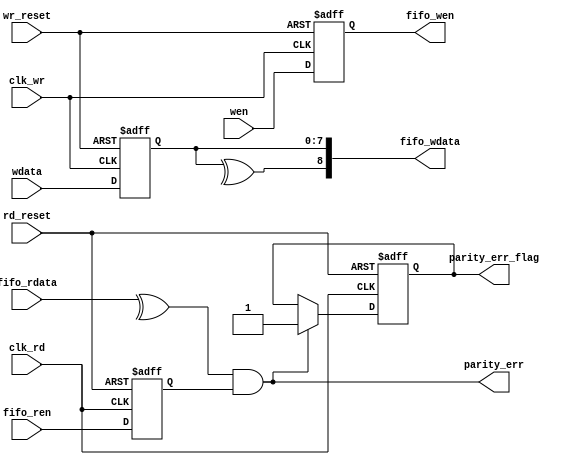
//
//------------------------------------------------------------------------------
//     Copyright (c) 2017 Huawei Technologies Co., Ltd. All Rights Reserved.
//
//     This program is free software; you can redistribute it and/or modify
//     it under the terms of the Huawei Software License (the "License").
//     A copy of the License is located in the "LICENSE" file accompanying 
//     this file.
//
//     This program is distributed in the hope that it will be useful,
//     but WITHOUT ANY WARRANTY; without even the implied warranty of
//     MERCHANTABILITY or FITNESS FOR A PARTICULAR PURPOSE. See the
//     Huawei Software License for more details. 
//------------------------------------------------------------------------------


module  fifo_cbb_parity #(
    parameter   FIFO_WIDTH      = 8                 ,   //
                FIFO_ATTR       = "normal"          ,   //"normal" or "ahead"
                PARITY_DLY      = "FALSE"               //

    )(
        input                           clk_wr          ,   //i1: write clock
        input                           wr_reset        ,   //i1: reset,active high
        input                           clk_rd          ,   //i1: read clock
        input                           rd_reset        ,   //i1: reset,active high
        input                           wen             ,   //i1: user input fifo write enable.1-enable
        input       [FIFO_WIDTH - 1:0]  wdata           ,   //i[FIFO_WIDTH]: user write fifo data.
        output  wire                    fifo_wen        ,   //o1: fifo_cbb write enable after parity.1-enable
        output  wire[FIFO_WIDTH : 0]    fifo_wdata      ,   //o[FIFO_WIDTH+1]: fifo_cbb write enable after parity.
        
        input                           fifo_ren        ,   //i1: fifo read enable
        input       [FIFO_WIDTH :0]     fifo_rdata      ,   //i[FIFO_WIDTH+1]: fifo_cbb output read data      
        output  wire                    parity_err      ,   //o1: reg_fifo_cbb output to read fifo_cbb signal.1-enable
        output  reg                     parity_err_flag     //o1: reg_fifo_cbb empty signal
        
    );    

//--------------------------
//  parameters
//--------------------------

//--------------------------
//  signals
//--------------------------
reg                     wen_1dly;
reg [FIFO_WIDTH - 1:0]  wdata_1dly;
wire[FIFO_WIDTH:0]      rdata_tmp;
wire                    fifo_ren_tmp;       //add by xiangjianbo,2014.09.30
wire                    par_fifo_ren;       //add by xiangjianbo,2014.09.30
//------------------------
//  process
//-----------------------
//in
assign  fifo_wen    = wen_1dly;
assign  fifo_wdata  = {^wdata_1dly,wdata_1dly};

always @(posedge clk_wr or posedge wr_reset)
begin
    if(wr_reset == 1'b1) begin
        wen_1dly    <=  1'b0;
        wdata_1dly  <=  {FIFO_WIDTH{1'b0}};
    end
    else begin
        wen_1dly    <=  wen;
        wdata_1dly  <=  wdata;
    end
end

//out
generate
if(PARITY_DLY == "TRUE") begin : parity_dly_en

reg [FIFO_WIDTH:0]      fifo_rdata_1dly;
reg                     fifo_ren_1dly;

assign  rdata_tmp       = fifo_rdata_1dly;
assign  fifo_ren_tmp    = fifo_ren_1dly;        //add by xiangjianbo,2014.09.30

always @(posedge clk_rd or posedge rd_reset)
begin
    if(rd_reset == 1'b1) begin
        fifo_rdata_1dly <= {1'b0,{FIFO_WIDTH{1'b0}}};
        fifo_ren_1dly   <= 1'b0;
    end
    else begin
        fifo_rdata_1dly <= fifo_rdata;
        fifo_ren_1dly   <= fifo_ren;
    end
end

end
else begin : no_parity_dly

assign  rdata_tmp       = fifo_rdata;
assign  fifo_ren_tmp    = fifo_ren;

end
endgenerate

//for parity_err add "fifo_ren" condition, normal or ahead. add by xiangjianbo,2014.09.30
generate
if(FIFO_ATTR == "normal") begin : normal_read_par

reg     fifo_ren_temp_1dly;

assign  par_fifo_ren    = fifo_ren_temp_1dly;

always @(posedge clk_rd or posedge rd_reset)
begin
    if(rd_reset == 1'b1) begin
        fifo_ren_temp_1dly  <= 1'b0;
    end
    else begin
        fifo_ren_temp_1dly  <= fifo_ren_tmp;
    end
end


end
else begin : ahead_read_par

assign  par_fifo_ren    = fifo_ren_tmp;

end
endgenerate

//--parity
assign  parity_err      = (^rdata_tmp) && (par_fifo_ren == 1'b1);   //add by xiangjianbo,2014.09.30

always @(posedge clk_rd or posedge rd_reset)
begin
    if(rd_reset == 1'b1) begin
        parity_err_flag <= 1'b0;
    end
    else if(parity_err == 1'b1) begin
        parity_err_flag <= 1'b1;
    end
    else ;
end

endmodule